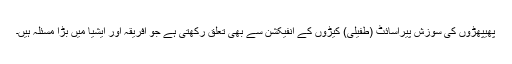
پھیپھڑوں کی سوزش پیراسائٹ (طفیلی) کیڑوں کے انفیکشن سے بھی تعلق رکھتی ہے جو افریقہ اور ایشیا میں بڑا مسئلہ ہیں۔